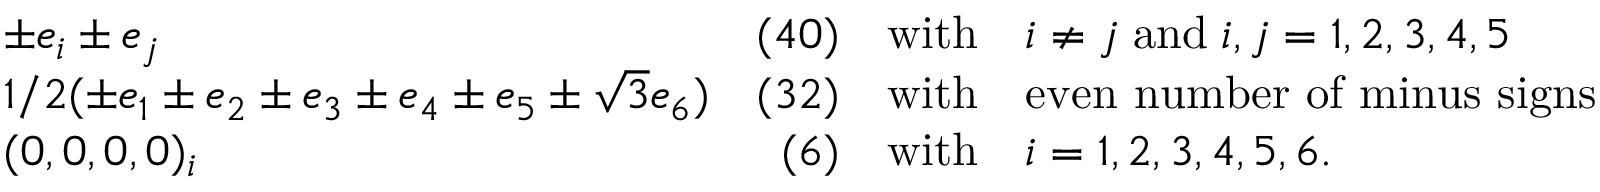
\begin{array} { l r c l } { { \pm e _ { i } \pm e _ { j } } } & { { ( 4 0 ) } } & { { \mathrm { w i t h } } } & { { i \neq j \; \mathrm { a n d } \; i , j = 1 , 2 , 3 , 4 , 5 } } \\ { { 1 / 2 ( \pm e _ { 1 } \pm e _ { 2 } \pm e _ { 3 } \pm e _ { 4 } \pm e _ { 5 } \pm \sqrt { 3 } e _ { 6 } ) } } & { { ( 3 2 ) } } & { { \mathrm { w i t h } } } & { { \mathrm { e v e n ~ n u m b e r ~ o f ~ m i n u s ~ s i g n s } } } \\ { { ( 0 , 0 , 0 , 0 ) _ { i } } } & { { ( 6 ) } } & { { \mathrm { w i t h } } } & { { i = 1 , 2 , 3 , 4 , 5 , 6 . } } \end{array}